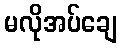
မလိုအပ်ချေ